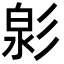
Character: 㣐